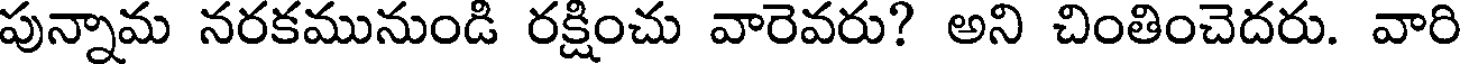
పున్నామ నరకమునుండి రక్షించు వారెవరు? అని చింతించెదరు. వారి